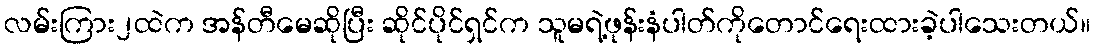
လမ်းကြား၂ထဲက အန်တီမေဆိုပြီး ဆိုင်ပိုင်ရှင်က သူမရဲ့ဖုန်းနံပါတ်ကိုတောင်ရေးထားခဲ့ပါသေးတယ်။